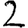
Digit: 2